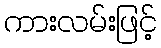
ကားလမ်းဖြင့်